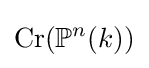
\mathrm {Cr} (\mathbb {P} ^{n}(k))